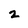
Character: 2